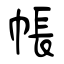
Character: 帳